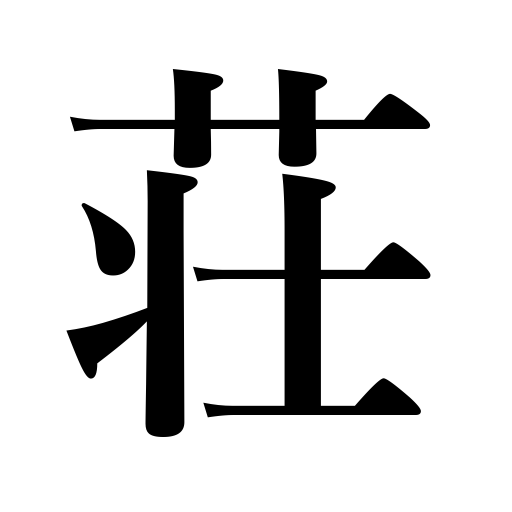
Meanings: villa,inn